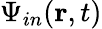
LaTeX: {\Psi}_{in}(\textbf{r},t)